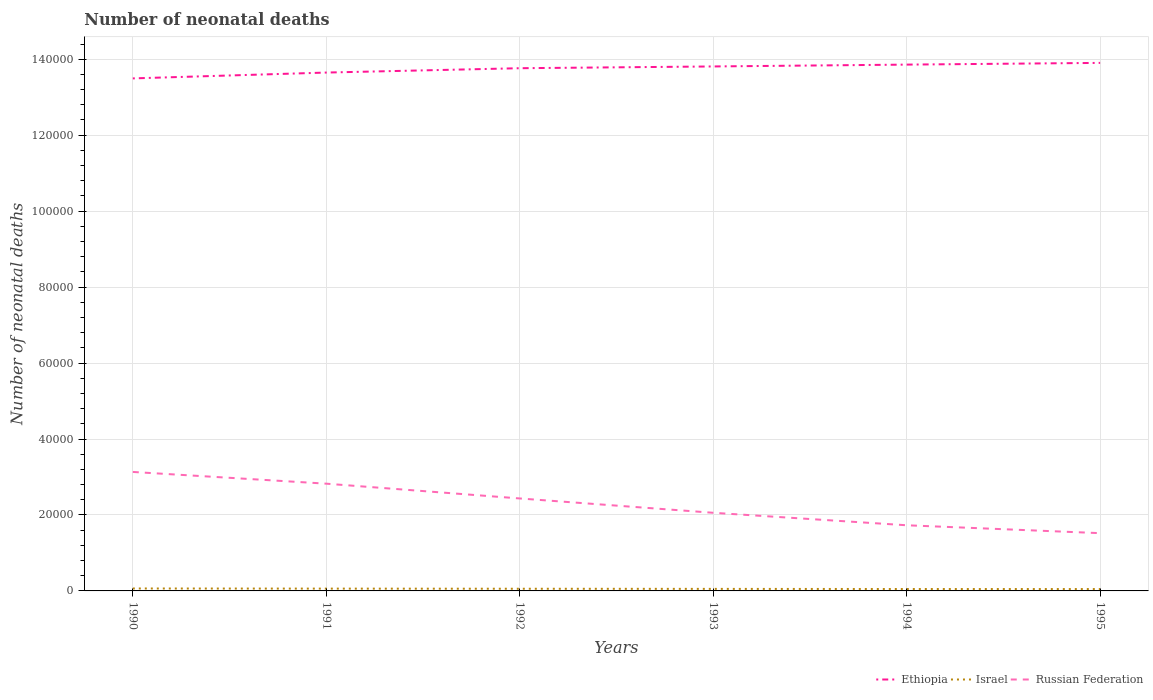
| Years | Ethiopia | Israel | Russian Federation |
 | --- | --- | --- | --- |
 | 1990 | 1.35e+05 | 643 | 3.13e+04 |
 | 1991 | 1.36e+05 | 607 | 2.82e+04 |
 | 1992 | 1.38e+05 | 572 | 2.43e+04 |
 | 1993 | 1.38e+05 | 536 | 2.06e+04 |
 | 1994 | 1.39e+05 | 502 | 1.73e+04 |
 | 1995 | 1.39e+05 | 492 | 1.52e+04 |